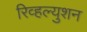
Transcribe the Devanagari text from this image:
रिव्हल्युशन